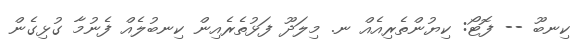
ކިނބޫ -- ފޮޓޯ: ކިޔުންތެރިއެއް ނ. މިލަދޫ ފަޅުތެރެއިން ކިނބުލެއް ފެނުމާ ގުޅިގެން